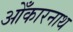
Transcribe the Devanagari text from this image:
ओँकारनाथ